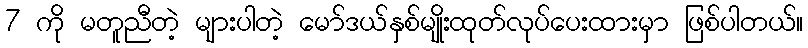
7 ကို မတူညီတဲ့ များပါတဲ့ မော်ဒယ်နှစ်မျိုးထုတ်လုပ်ပေးထားမှာ ဖြစ်ပါတယ်။